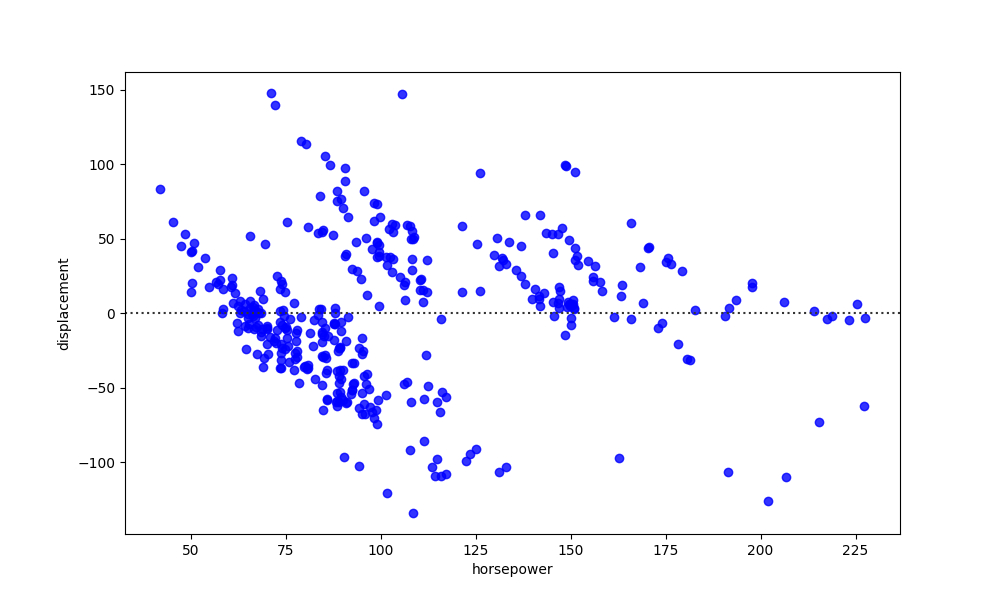
python, seaborn, residplot, lowess=False, scatter_color=blue